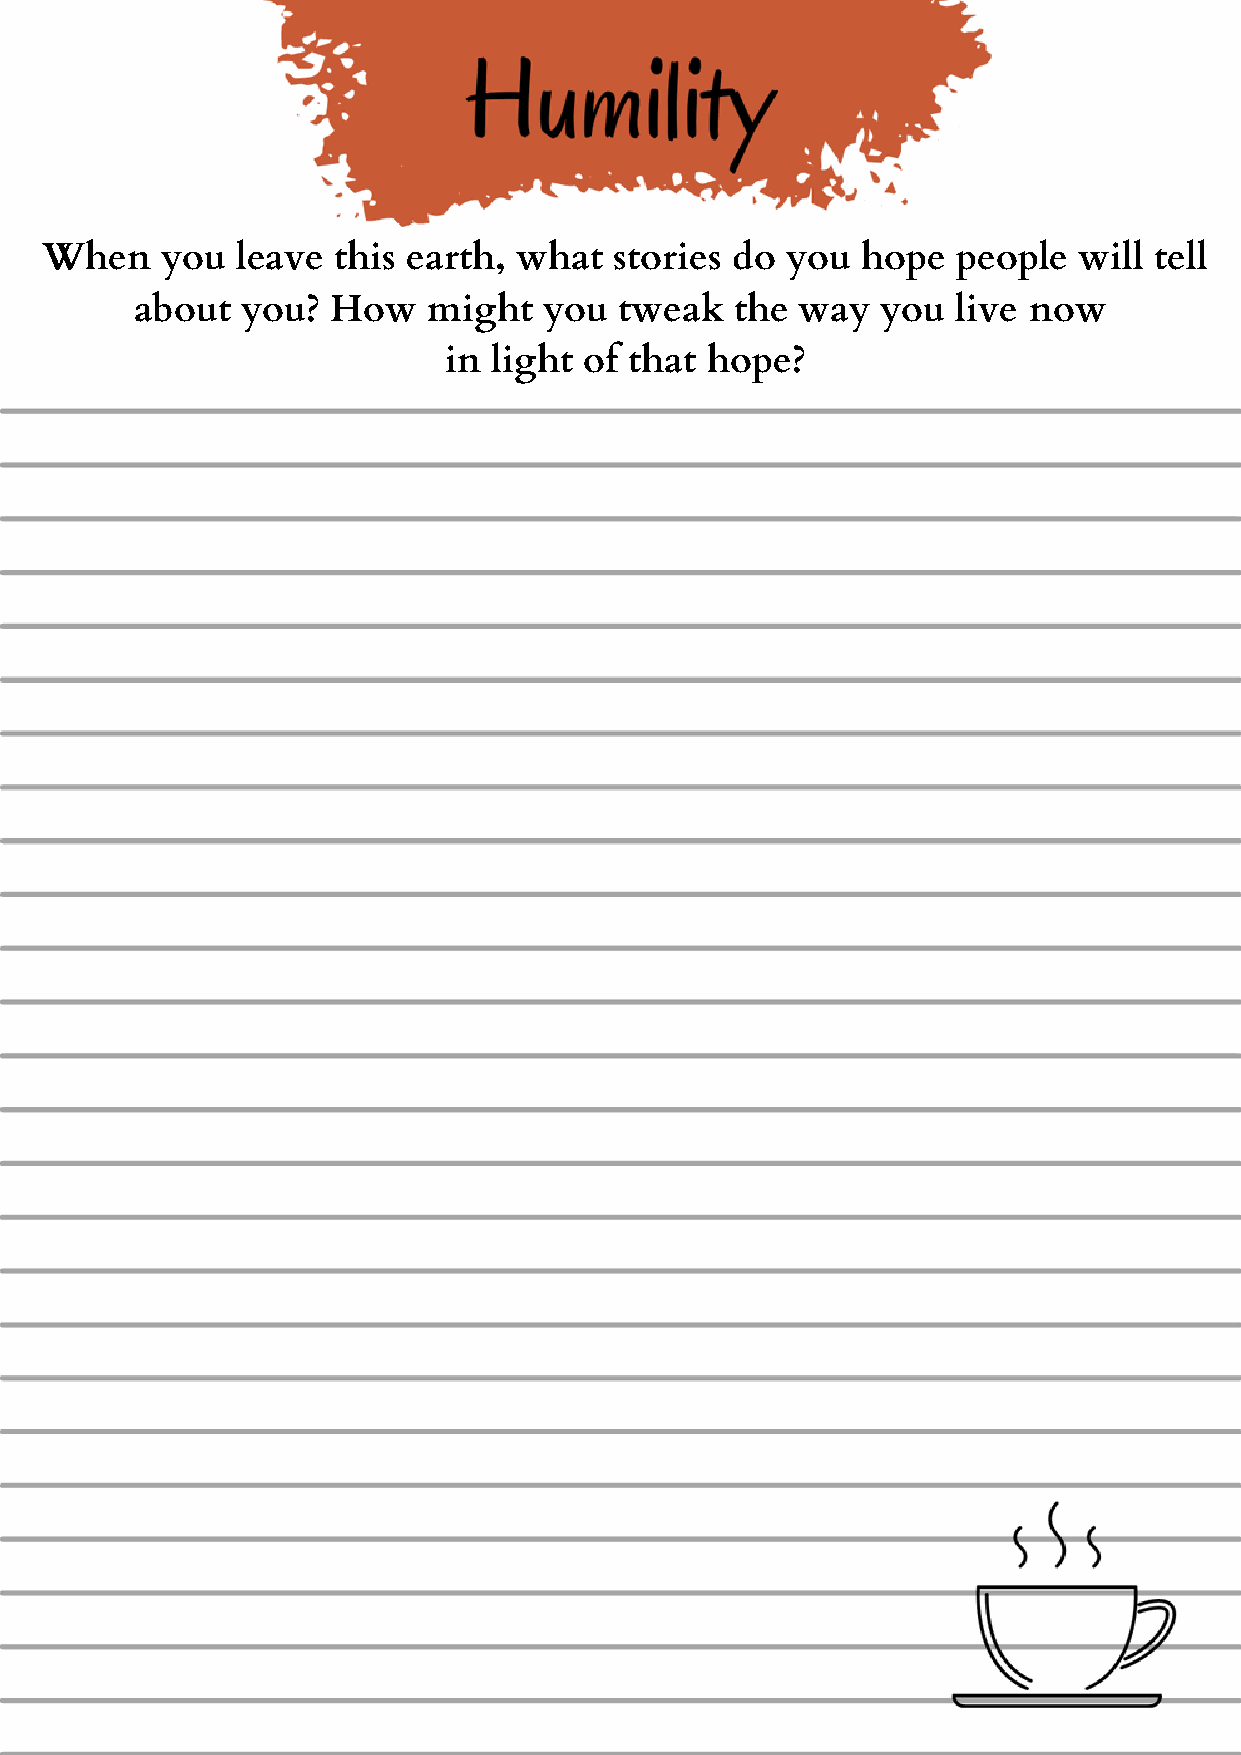
When    you  leave this earth, what   stories do you  hope  people  will tell
 about  you?  How   might   you  tweak   the way  you  live now
 in  light of that hope?